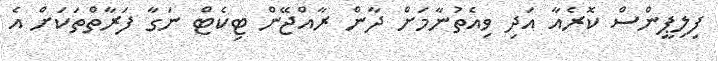
ފިލިޕީންސް ކޮރެއާ އަދި ވިއެތުނާމަށް ދާން ރާއްޖޭން ޓިކެޓް ނަގާ ފަރާތްތަކަށް އެ